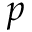
p